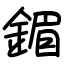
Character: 鎇